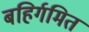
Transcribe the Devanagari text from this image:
बहिर्गमित